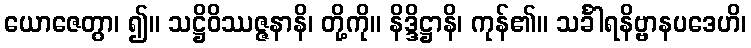
ယောဇေတွာ၊ ၍။ သဋ္ဌိဝိဿဇ္ဇနာနိ၊ တို့ကို။ နိဒ္ဒိဋ္ဌာနိ၊ ကုန်၏။ သင်္ခါရနိဗ္ဗာနပဒေဟိ၊